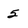
Character: 5